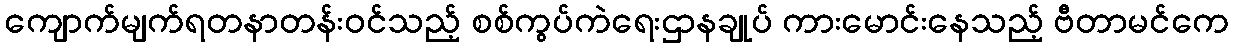
ကျောက်မျက်ရတနာတန်းဝင်သည့် စစ်ကွပ်ကဲရေးဌာနချုပ် ကားမောင်းနေသည့် ဗီတာမင်ကေ